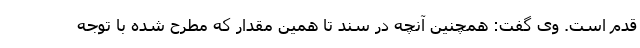
قدم است. وی گفت: همچنین آنچه در سند تا همین مقدار که مطرح شده با توجه